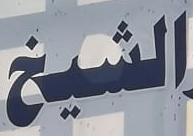
الشيخ